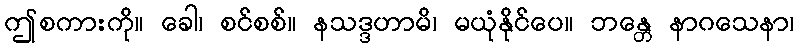
ဤစကားကို။ ခေါ၊ စင်စစ်။ နသဒ္ဒဟာမိ၊ မယုံနိုင်ပေ။ ဘန္တေ နာဂသေနာ၊